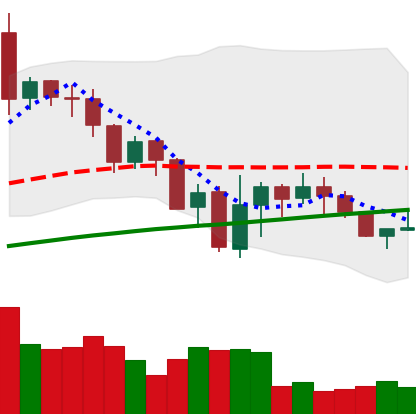
Ticker: DOGE-USD
Chart end date: 2019-07-25
Forward return: -3.56%
Label: down_3_5